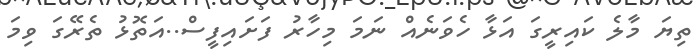
ތިޔަ މާލެ ކައިރީގަ އަޅާ ހެވަނެއް ނަމަ މިހާރު ފަށައިފީސް..އަތޮޅު ތެރޭގަ ވިމަ